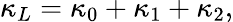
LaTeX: \kappa_{L}=\kappa_{0}+\kappa_{1}+\kappa_{2},